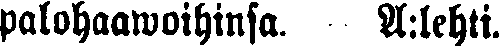
palohaawoihinsa. A:lehti.